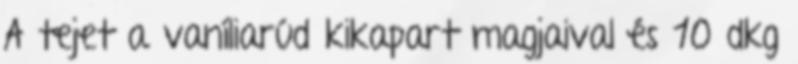
A tejet a vaníliarúd kikapart magjaival és 10 dkg